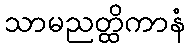
သာမညတ္ထိကာနံ